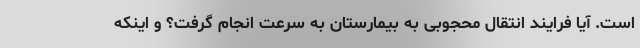
است. آیا فرایند انتقال محجوبی به بیمارستان به سرعت انجام گرفت؟ و اینکه